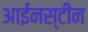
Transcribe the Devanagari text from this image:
आईनस्टीन